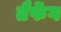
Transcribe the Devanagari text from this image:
तैफेंग